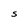
Character: S